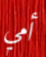
أمي